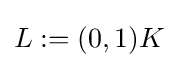
{\textstyle L:=(0,1)K}